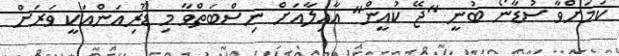
ކަމަށްވާ ސުޑާނޯ ބުނީ "ޖޭ ކުއީން" އާއިލާއަށް ނިސްބަތްވާ މި ޑޫރިއަންއަކީ ވަރަށް